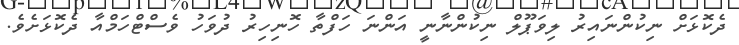
ދެކޮޅަށް ނިކުންނައިރު ލިވަޕޫލް ނިކުންނާނީ އަންނަ ހަފްތާ ހޮނިހިރު ދުވަހު ވެސްޓްހަމްއާ ދެކޮޅަށެވެ.